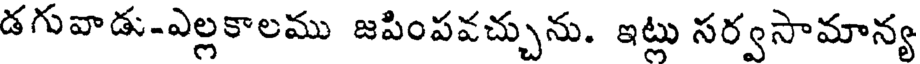
డగువాడు-ఎల్లకాలము జపింపవచ్చును. ఇట్లు సర్వసామాన్య